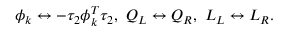
\phi _ { k } \leftrightarrow - \tau _ { 2 } \phi _ { k } ^ { T } \tau _ { 2 } , \mathrm { ~ } Q _ { L } \leftrightarrow Q _ { R } , \mathrm { ~ } L _ { L } \leftrightarrow L _ { R } .